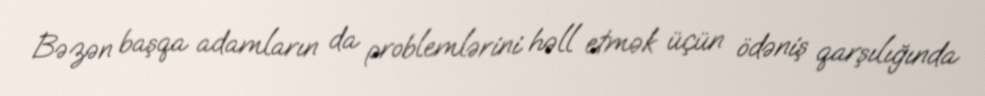
Bəzən başqa adamların da problemlərini həll etmək üçün ödəniş qarşılığında